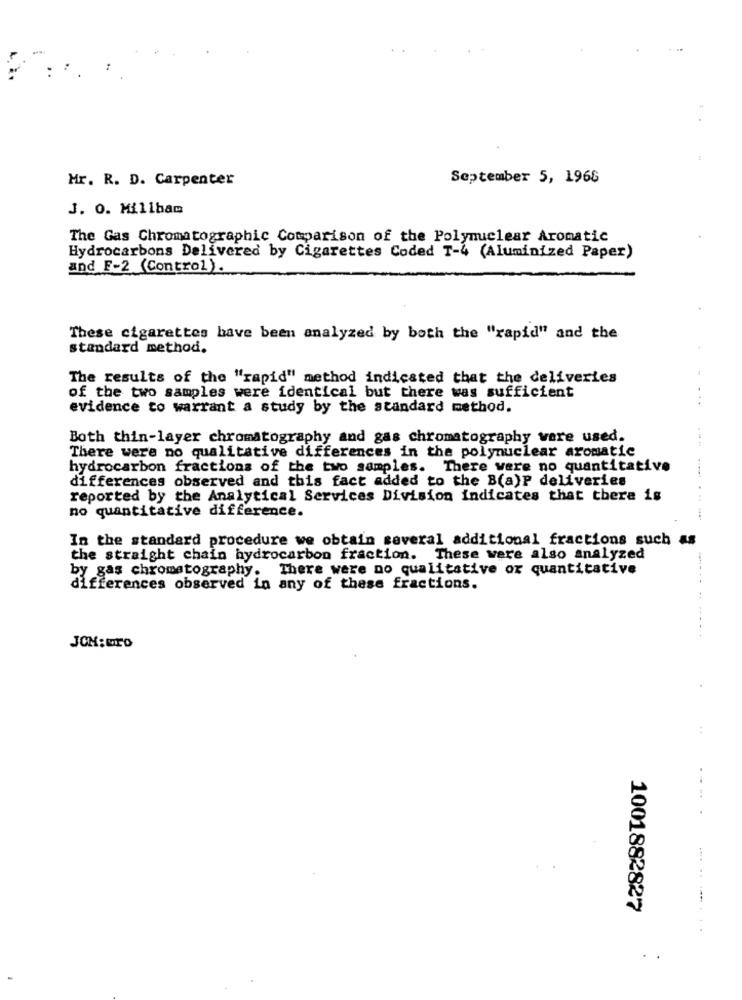
Mr. R. D. Carpenter
September 5, 1968
J. O. Millbam
The Gas Chromatographic Comparison of the Polynuclear Aromatic
Hydrocarbons Delivered by Cigarettes Coded T-4 (Aluminized Paper)
and F-2 (Control).
These cigarettes have been analyzed by both the "rapid" and the
standard method.
The results of the "rapid" method indicated that the deliveries
of the two samples were identical but there was sufficient
...
evidence to warrant a study by the standard method.
Both thin-layer chromatography and gas chromatography were used.
There were no qualitative differences in the polynuclear aromatic
hydrocarbon fractions of the two samples. There were no quantitative
differences observed and this fact added to the B(a)P deliveries
reported by the Analytical Services Division indicates that there is
no quantitative difference.
-------
In the standard procedure we obtain several additional fractions such as
the straight chain hydrocarbon fraction. These were also analyzed
by gas chromatography. There were no qualitative or quantitative
differences observed in any of these fractions.
JON:Gro
.....
1001882827
..
..